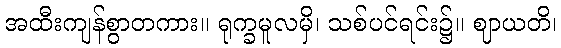
အထီးကျန်စွာတကား။ ရုက္ခမူလမှိ၊ သစ်ပင်ရင်း၌။ ဈာယတိ၊